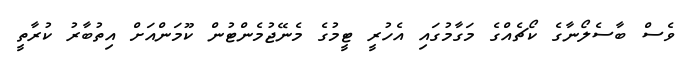
ވެސް ބާސެލޯނާގެ ކޯޗެއްގެ މަގާމުގައި އެހުރީ ޓީމުގެ މެނޭޖުމެންޓުން ކޫމަންއަށް އިތުބާރު ކުރާތީ